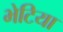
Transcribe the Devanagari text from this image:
भेटिया